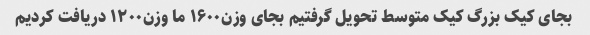
بجای کیک بزرگ کیک متوسط تحویل گرفتیم بجای وزن۱۶۰۰ ما وزن۱۲۰۰ دریافت کردیم